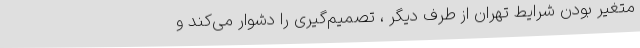
متغیر بودن شرایط تهران از طرف دیگر ، تصمیم‌گیری را دشوار می‌کند و